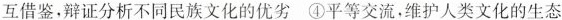
互借鉴，辩证分析不同民族文化的优劣 ④平等交流，维护人类文化的生态